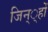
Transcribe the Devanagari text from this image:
जिन््हों